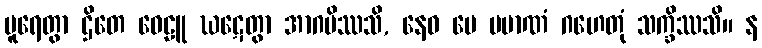
ပူရေတွာ ဌိတေ ဝေဠူ ဃဋေတွာ အာဂမိဿသိ, နေဝ မေ ပမာဏံ ဂဟေတုံ သက္ခိဿသိ။ န